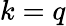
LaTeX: k=q